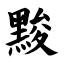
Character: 黢